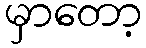
မှာတော့